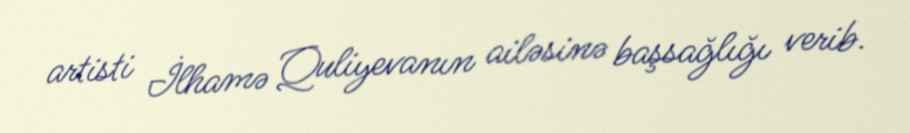
artisti İlhamə Quliyevanın ailəsinə başsağlığı verib.